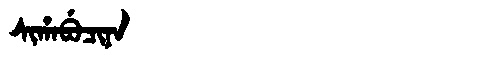
Manchu: ᠰᡳᡥᠠᠪᡠᠴᡳᠨᠠ
Romanization: SIHABUCINA